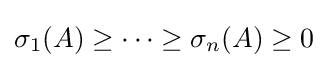
\sigma _{1}(A)\geq \cdots \geq \sigma _{n}(A)\geq 0